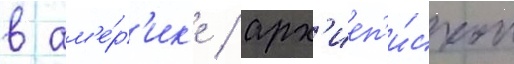
в ам'е́р'ик'е / арх'иеп'и́скоп